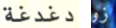
دغدغة زو